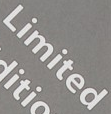
Limited